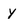
Character: y